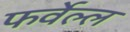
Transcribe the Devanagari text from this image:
फर्वेल्ल